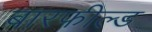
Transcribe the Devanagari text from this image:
बारफील्ड